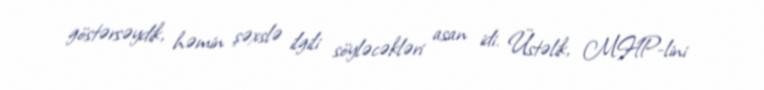
göstərsəydik, həmin şəxslə ilgili söyləcəkləri asan idi. Üstəlik, MHP-lini